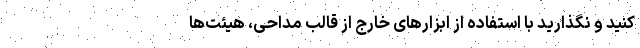
کنید و نگذارید با استفاده از ابزارهای خارج از قالب مداحی، هیئت‌ها